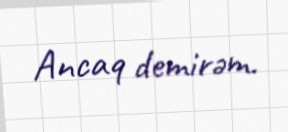
Ancaq demirəm.